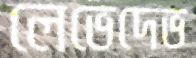
লেভেদেভ